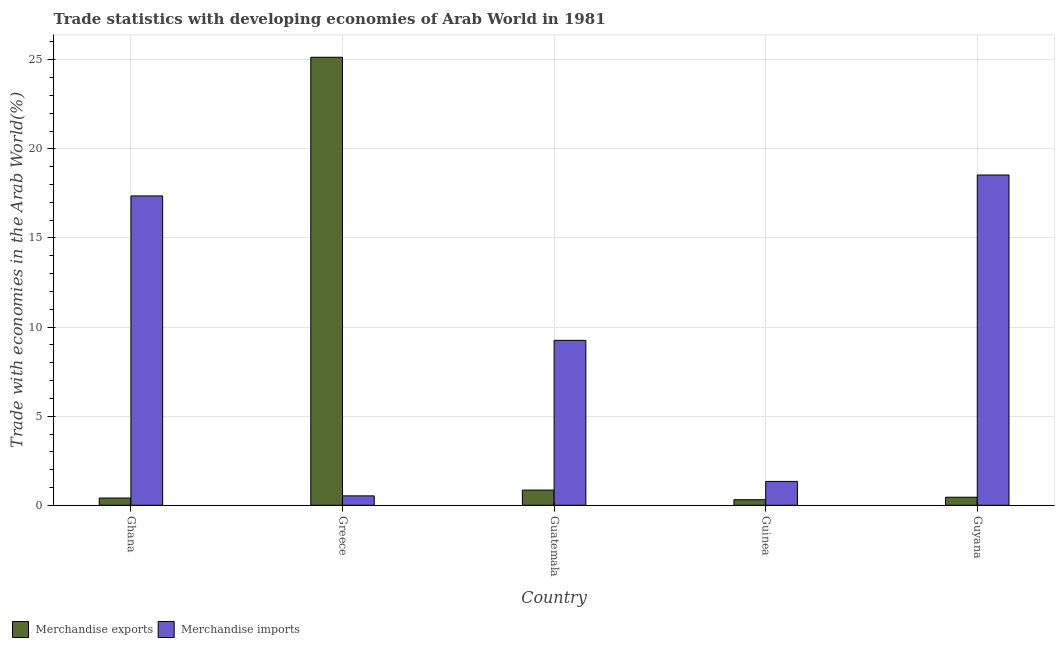
| Country | Merchandise exports | Merchandise imports |
 | --- | --- | --- |
 | Ghana | 0.406 | 17.4 |
 | Greece | 25.1 | 0.528 |
 | Guatemala | 0.853 | 9.26 |
 | Guinea | 0.311 | 1.34 |
 | Guyana | 0.451 | 18.5 |